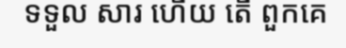
ទទួល សារ ហើយ តើ ពួកគេ